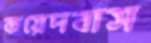
কয়েদবাস